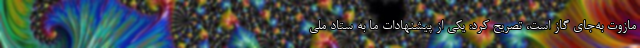
مازوت به‌جای گاز است، تصریح کرد: یکی از پیشنهادات ما به ستاد ملی